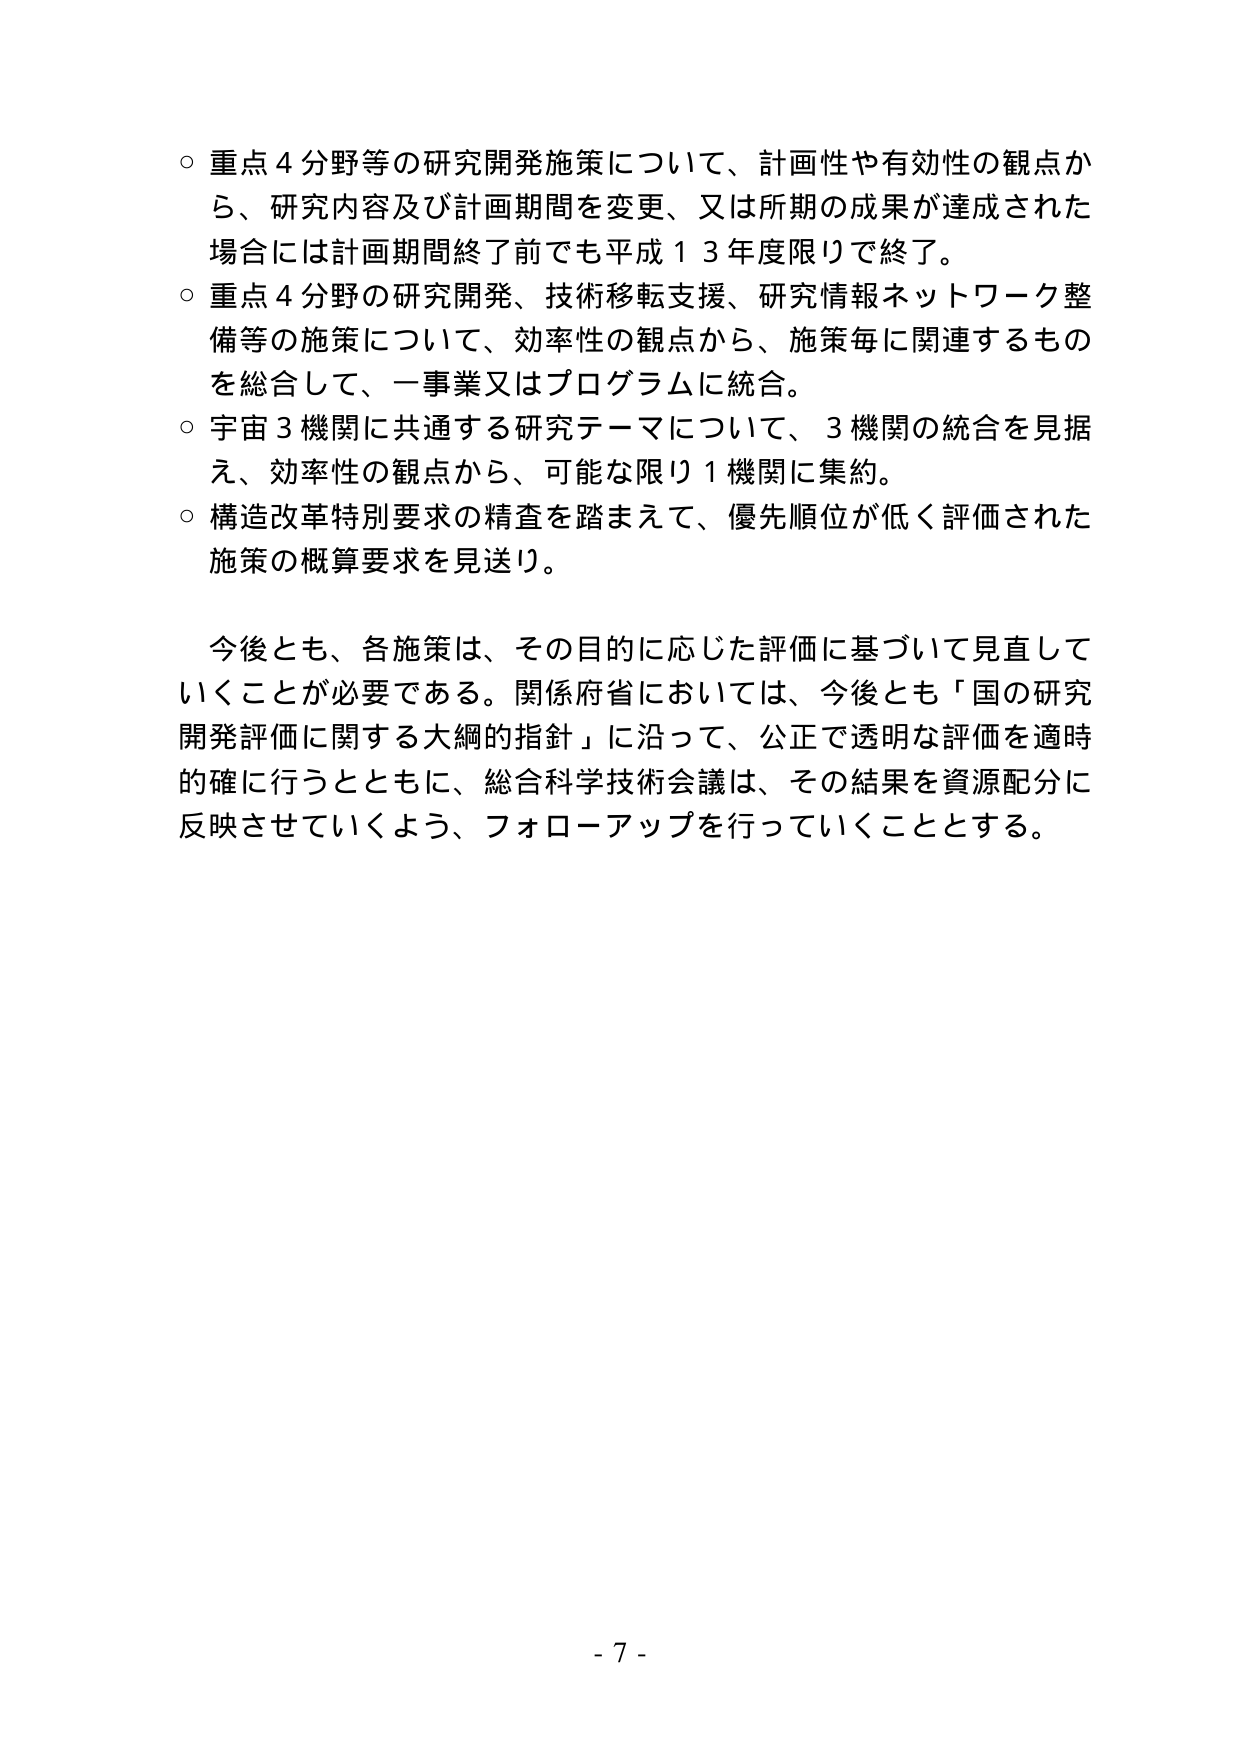
○ 重点４分野等の研究開発施策について、計画性や有効性の観点から、研究内容及び計画期間を変更、又は所期の成果が達成された場合には計画期間終了前でも平成１３年度限りで終了。

○ 重点４分野の研究開発、技術移転支援、研究情報ネットワーク整備等の施策について、効率性の観点から、施策毎に関連するものを総合して、一事業又はプログラムに統合。

○ 宇宙３機関に共通する研究テーマについて、３機関の統合を見据え、効率性の観点から、可能な限り１機関に集約。

○ 構造改革特別要求の精査を踏まえて、優先順位が低く評価された施策の概算要求を見送り。

今後とも、各施策は、その目的に応じた評価に基づいて見直していくことが必要である。関係府省においては、今後とも「国の研究開発評価に関する大綱的指針」に沿って、公正で透明な評価を適時的確に行うとともに、総合科学技術会議は、その結果を資源配分に反映させていくよう、フォローアップを行っていくこととする。

- 7 -